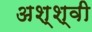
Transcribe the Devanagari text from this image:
अश्श्वी